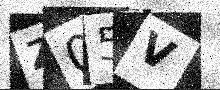
Text: Z05V